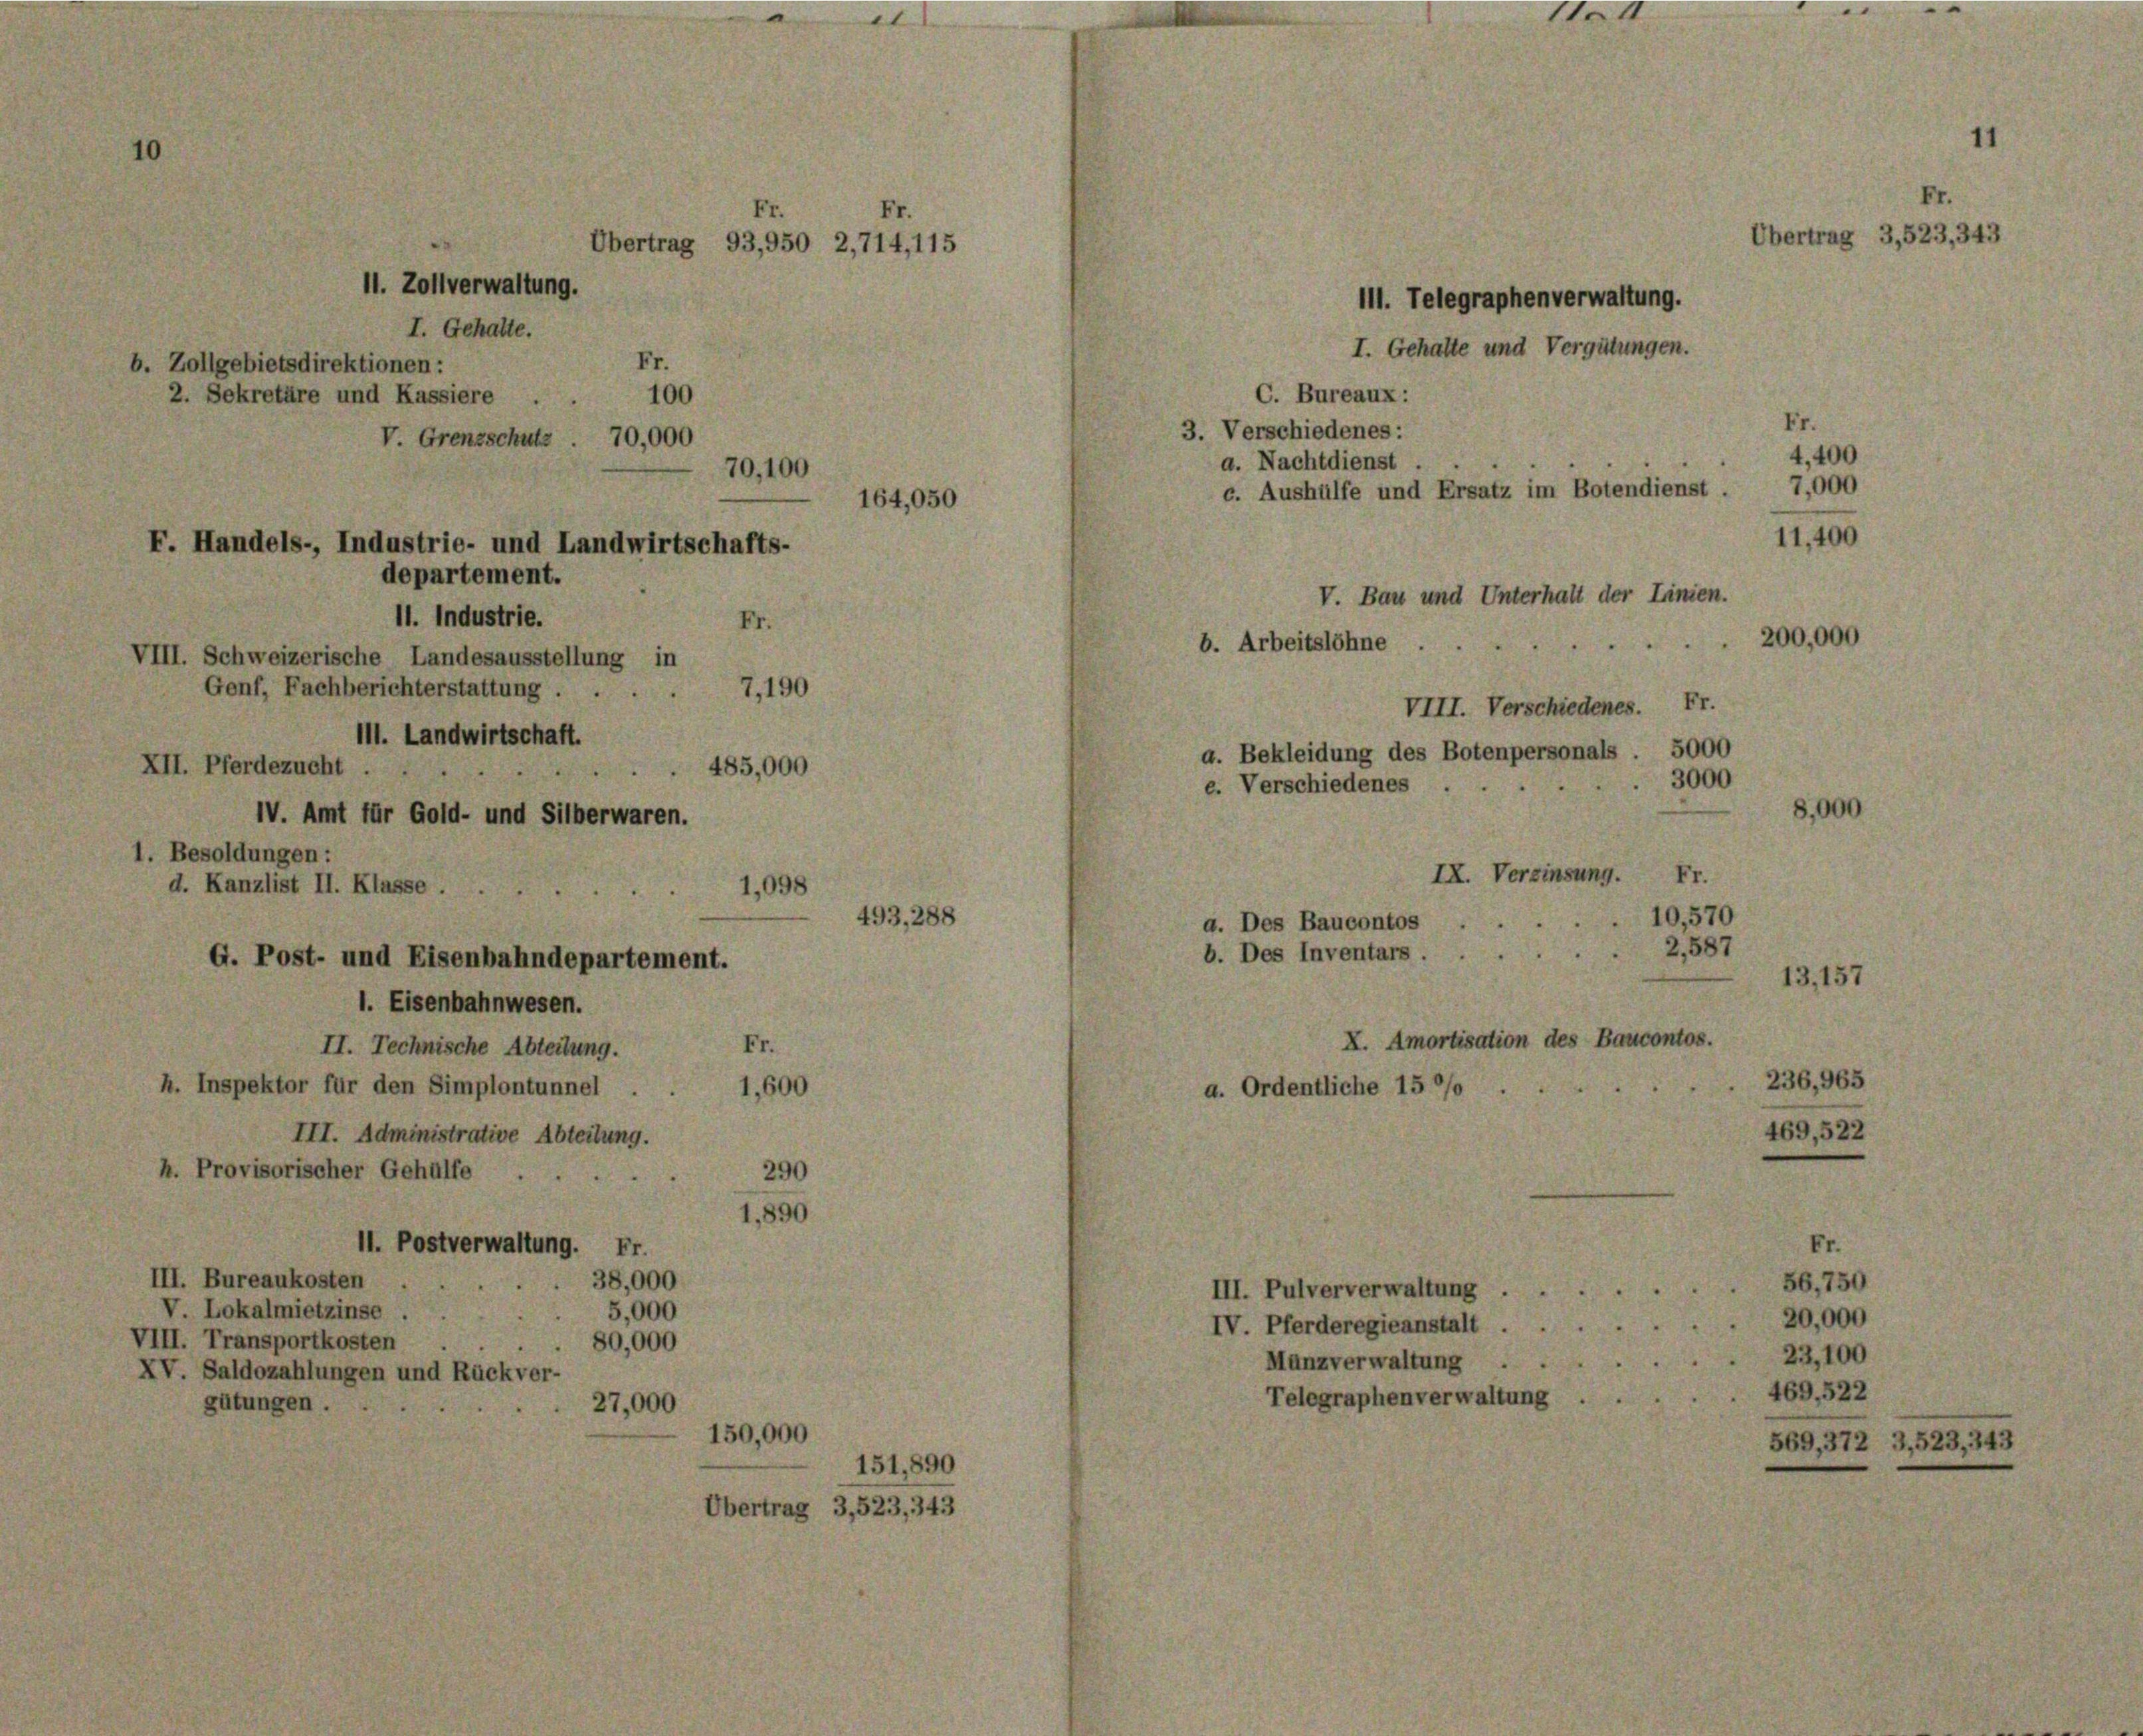
Übertrag 93,950 2,714,115
11. Zollverwaltung.
b. Zollgebietsdirektionen:
2. Sekretäre und Kassiere
100
V. Grenzschutz . 70,000
70,100
164,050
F. Handels-, Industrie- und Landwirtschafts-
departement.
11. Industrie.
Fr.
VIII. Schweizerische Landesausstellung in
7,190
Genf, Fachberichterstattung ....
III. Landwirtschaft.
485,000
XII. Pferdezucht .
IV. Amt für Gold- und Silberwaren.
1. Besoldungen:

I. Gehalte.

d. Kanzlist II. Klasse.
G. Post- und Eisenbahndepartement.
1. Eisenbahnwesen.

II. Technische Abteilung.
h. Inspektor für den Simplontunnel
III. Administrative Abteilung.
h. Provisorischer Gehülfe
II. Postverwaltung. Fr.
III. Bureaukosten
38,000

V. Lokalmietzinse
5,000
VIII. Transportkosten
80,000
XV. Saldozahlungen und Rückver-
gütungen.
27,000

493, 281

150,000
151,891
Übertrag 3,523, 343

C. Bureaux:
3. Verschiedenes:

V. Bau und Unterhalt der Linien.
e
b. Arbeitslöhne.

e. Verschiedenes

a. Nachtdienst.
c. Aushülfe und Ersatz im Botendienst.

III. Telegraphenverwaltung.

1

III. Pulververwaltung . .
IV. Pferderegieanstalt . .
Manzverwaltung ..
Telegraphenverwaltung .

I. Gehalte und Vergütungen.

e

VIII. Verschiedenes. Fr.
5000
a. Bekleidung des Botenpersonals
3000
IX. Verzinsung. Fr.
10,570
a. Des Baucontos
2,587
b. Des Inventars.
13,157
X. Amortisation des Baucontos.
236, 965
a. Ordentliche 15 0/0

4,400

11,400

200,000

469,522

ag 3,523, 343

50
100

172 3,523, 343